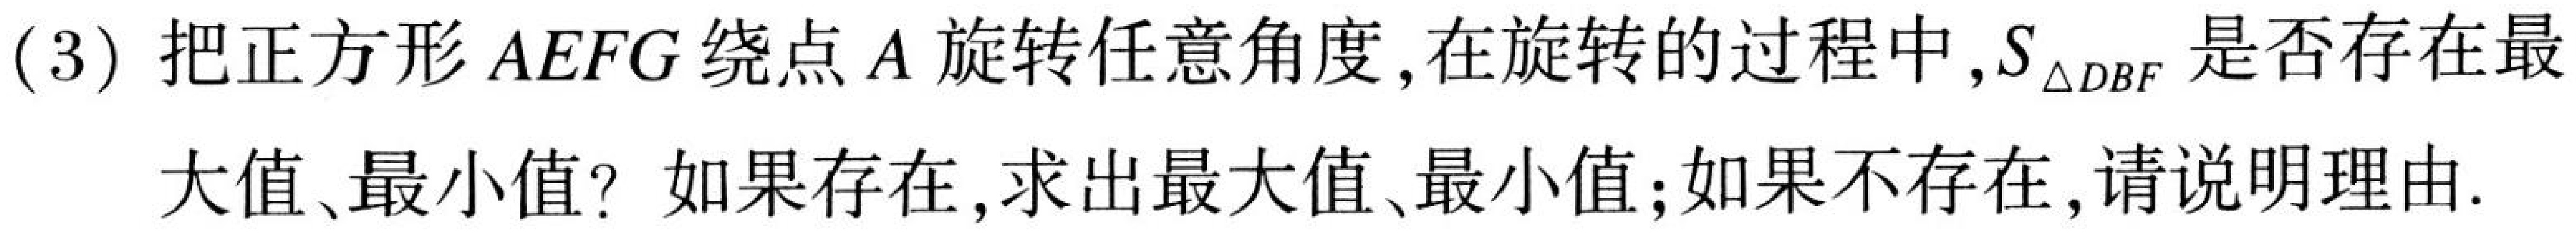
(3) 把正方形\(AEFG\)绕点\(A\)旋转任意角度, 在旋转的过程中,\(S_{\triangle DBF}\)是否存在最
大值、最小值？如果存在, 求出最大值、最小值;如果不存在, 请说明理由.